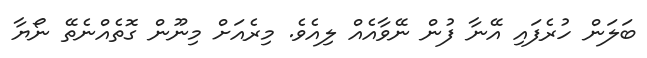
ބަލަން ހުރެފައި އޭނާ ފުން ނޭވާއެއް ލިއެވެ. މިރެއަށް މިނޫން ގޮތެއްނެތޭ ނޯޔާ